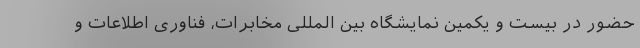
حضور در بیست و یکمین نمایشگاه بین المللی مخابرات، فناوری اطلاعات و